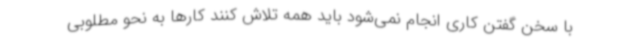
با سخن گفتن کاری انجام نمی‌شود باید همه تلاش کنند کارها به نحو مطلوبی